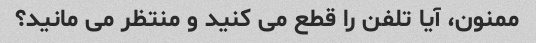
ممنون، آیا تلفن را قطع می کنید و منتظر می مانید؟